Annual report on the working of the mental hospitals in the Madras Presidency - 1912-1932
Year: 1912
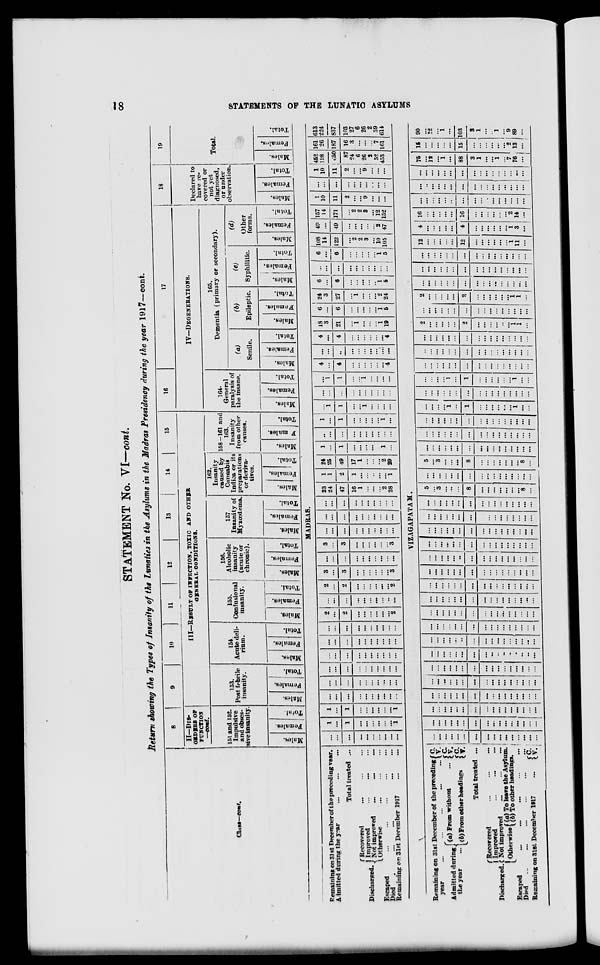
18
STATEMENTS OF THE LUNATIC ASYLUMS
STATEMENT No. VI—cont.
Return showing the Types of Insanity of the Lunatics in the Asylums in the Madras Presidency during the year 1917—cont.
Class—cont.
8
II—DIS-
ORDERS OF
FUNCTION
—cont.
151 and 152.
Impulsive
and obses-
sive insanity.
Males.
Females.
Total.
9
10
11
12
13
14
15
III—RESULT OF INFECTION, TOXIC AND OTHER
GENERAL CONDITIONS.
153.
Post febrile
insanity.
Males.
Females.
Total.
154
Acute deli-
rium.
Males.
Females.
Total.
155.
Confusional
insanity.
Males.
Females.
Total.
156.
Alcoholic
insanity
(acute or
chronic).
Males.
Females.
Total.
157
Insanity of
Myxœdema
Males.
Females.
Total.
162.
Insanity
caused by
Cannabis
Indica or its
preparations
or deriva-
tives.
Males.
Females.
Total.
158—161 and
163.
Insanity
from other
causes.
Males.
Females.
Total.
16
17
IV—DEGENERATIONS.
164.
General
paralysis of
the insane.
Males.
Females.
Total.
165.
Dementia (primary or secondary).
(a)
Senile.
Males.
Females.
Total.
(b)
Epileptic.
Males.
Females.
Total.
(e)
Syphilitic.
Males.
Females.
Total.
(d)
Other
forms.
Males.
Females.
Total.
18
Declared to
have re-
covered or
not yet
diagnosed,
or under
observation.
Males.
Females.
Total.
19
Total.
Males.
Females.
Total.
MADRAS.
Remaining on 31 st December of the preceding year.
Admitted during the year ... ... ...
Total treated ...
Discharged.
Recovered ... ... ...
Improved ... ... ...
Not improved
...
... ...
Otherwise ... ... ...
Escaped ... ... ... ... ...
Died ... ... ... ...
Remaining on 31st December 1917 ... ...
...
...
...
...
...
...
...
...
...
...
1
...
1
...
...
...
...
...
...
1
1
...
1
...
...
...
...
...
...
1
...
...
...
...
...
...
...
...
...
...
...
...
...
...
...
...
...
...
...
...
...
...
...
...
...
...
...
...
...
...
...
...
...
...
...
...
...
...
...
...
...
...
...
...
...
...
...
...
...
...
...
...
...
...
...
...
...
...
...
...
2
...
2
...
...
...
...
...
...
2
...
...
...
...
...
...
...
...
...
...
2
...
2
...
...
...
...
...
...
2
3
...
3
...
...
...
...
...
...
3
...
...
...
...
...
...
...
...
...
...
3
...
3
...
...
...
...
...
...
3
...
...
...
...
...
...
...
...
...
...
...
...
...
...
...
...
...
...
...
...
...
...
...
...
...
...
...
...
...
...
23
24
47
16
1
...
...
...
2
28
1
1
2
1
...
...
...
...
...
1
24
25
49
17
1
...
...
...
2
29
1
...
1
...
...
...
...
...
1
...
...
...
...
...
...
...
...
...
...
...
1
...
1
...
...
...
...
...
1
...
...
1
1
...
...
1
...
...
...
...
...
...
...
...
...
...
...
...
...
...
...
1
1
...
...
1
...
...
...
...
4
...
4
...
...
...
...
...
...
4
...
...
...
...
...
...
...
...
...
...
4
...
4
...
...
...
...
...
...
4
18
3
21
...
1
...
...
...
1
...
6
...
6
...
...
...
...
...
1
5
24
3
27
...
1
...
...
...
2
24
6
...
6
...
...
...
...
...
1
5
...
...
...
...
...
...
...
...
...
...
6
...
6
...
...
...
...
...
1
5
108
14
122
...
2
2
3
...
10
105
49
...
49
...
...
...
...
...
2
47
157
14
171
...
2
2
3
...
12
152
1
10
11
2
...
...
9
...
...
...
...
...
...
...
...
...
...
...
...
...
1
10
11
2
...
...
9
...
...
...
452
198
650
87
24
6
26
2
52
453
161
26
187
16
3
...
...
...
7
161
613
224
837
103
27
6
26
2
59
614
VIZAGAPATAM.
Remaining on 31st December of the preceding
year
...
...
...
...
...
Admitted during
the year ...
(a) From without ...
(b)From other headings
C.
V.
C.
V.
C.
V.
Total treated ...
Discharged.
Recovered
...
...
...
Improved
...
...
...
Not improved
...
...
...
Otherwise (a) To leave the Asylum.
(b) To other headings.
Escaped ... ... ... ... ...
Died
...
...
...
...
...
...
Remaining on 31st December 1917
...
C.
V.
...
...
...
...
...
...
...
...
...
...
...
...
...
...
...
...
...
...
...
...
...
...
...
...
...
...
...
...
...
...
...
...
...
...
...
...
...
...
...
...
...
...
...
...
...
...
...
...
...
...
...
...
...
...
...
...
...
...
...
...
...
...
...
...
...
...
...
...
...
...
...
...
...
...
...
...
...
...
...
...
...
...
...
...
...
...
...
...
...
...
...
...
...
...
...
...
...
...
...
...
...
...
...
...
...
...
...
...
...
...
...
...
...
...
...
...
...
...
...
...
...
...
...
...
...
...
...
...
...
...
...
...
...
...
...
...
...
...
...
...
...
...
...
...
...
...
...
...
...
...
...
...
...
...
...
...
...
...
...
...
...
...
...
...
...
...
...
...
...
...
...
...
...
...
...
...
...
...
...
...
...
...
...
...
...
...
...
...
...
...
...
...
...
...
...
...
...
...
...
...
...
...
...
...
...
...
...
...
...
...
...
...
...
...
...
...
...
...
...
...
...
...
...
...
...
...
...
...
...
...
...
...
...
...
...
...
...
...
...
...
...
...
...
...
...
...
...
...
...
...
...
...
...
...
...
...
...
...
...
...
...
...
...
...
...
...
...
...
...
...
...
...
...
...
...
...
...
...
...
...
...
...
...
...
...
...
...
...
5
...
3
...
...
...
8
...
...
...
...
...
... ...
8
...
...
...
...
...
...
...
...
...
...
...
...
...
...
...
...
...
5
...
3
...
...
...
8
...
...
...
...
...
...
...
8
...
...
...
...
...
...
...
...
...
...
...
...
...
...
...
...
...
...
...
...
...
...
...
...
...
...
...
...
...
...
...
...
...
...
...
...
...
...
...
...
...
...
...
...
...
...
...
...
...
...
...
...
...
1
...
1
...
...
...
...
...
...
1
...
...
...
...
...
...
...
...
...
...
...
...
...
...
...
...
...
...
...
...
...
...
1
...
1
...
...
...
...
...
...
1
...
...
...
...
...
...
...
...
...
...
...
...
...
...
...
...
...
...
...
...
...
...
...
...
...
...
...
...
...
...
...
...
...
...
...
...
...
...
...
...
...
...
...
...
...
...
...
...
...
...
2
...
...
...
...
...
2
...
...
...
...
...
...
1
1
...
...
...
...
...
...
...
...
...
...
...
...
...
...
...
...
...
2
...
...
...
...
...
2
...
...
...
...
...
...
1
1
...
...
...
...
...
...
...
...
...
...
...
...
...
...
...
...
...
...
...
...
...
...
...
...
...
...
...
...
... ...
...
...
...
...
...
...
...
...
...
...
... ...
...
..
...
...
...
...
...
12
...
...
...
...
...
12
...
...
...
...
...
...
1
11
...
4
...
...
...
...
...
4
...
...
...
...
...
...
1
3
...
16
...
...
...
...
16
...
...
...
...
...
2
14
...
...
...
...
...
...
...
...
...
...
...
...
...
...
...
...
...
...
...
...
...
...
...
...
...
...
...
...
...
...
...
...
...
...
...
...
...
...
...
...
...
...
...
...
...
...
...
...
...
75
...
12
...
1
...
88
3
1
...
...
1
...
7
76
...
15
...
...
...
...
...
15
...
...
...
...
...
...
2
13
...
90
...
12
...
1
...
103
3
1
...
...
1
...
9
89
...